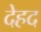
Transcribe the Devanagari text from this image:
देहद